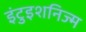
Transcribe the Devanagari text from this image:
इंटुइशनिज्म